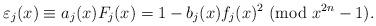
LaTeX: \begin{align*}\varepsilon_j(x)\equiv a_j(x)F_j(x)=1-b_j(x)f_j(x)^2 \ ({\rm mod} \ x^{2n}-1).\end{align*}